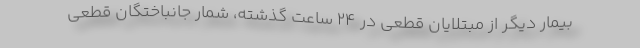
بیمار دیگر از مبتلایان قطعی در ۲۴ ساعت گذشته، شمار جانباختگان قطعی